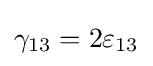
\gamma _{13}=2\varepsilon _{13}